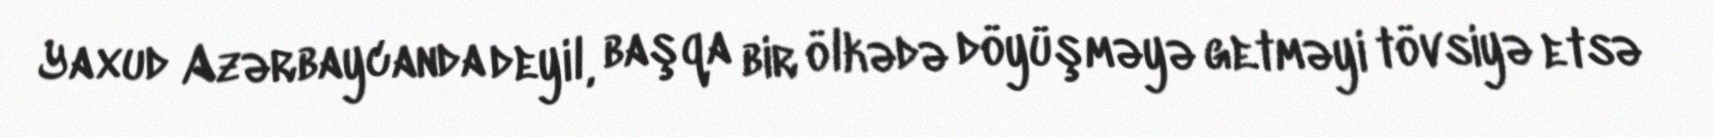
Yaxud Azərbaycanda deyil, başqa bir ölkədə döyüşməyə getməyi tövsiyə etsə